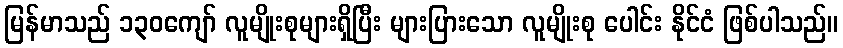
မြန်မာသည် ၁၃၀ကျော် လူမျိုးစုများရှိပြီး များပြားသော လူမျိုးစု ပေါင်း နိုင်ငံ ဖြစ်ပါသည်။